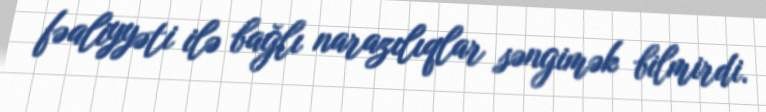
fəaliyyəti ilə bağlı narazılıqlar səngimək bilmirdi.